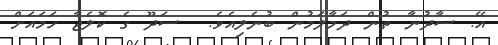
އޭ. ސާދުނާ ތުން ދަމާލަމުން ބުނެލިއެވެ.  ސަދޫ ގެ ކޮލެޖާ ހަމައަށް